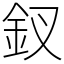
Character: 釵